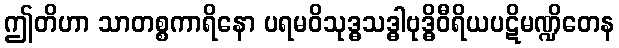
ဤတိဟာ သာတစ္စကာရိနော ပရမဝိသုဒ္ဓသဒ္ဓါဗုဒ္ဓိဝီရိယပဋိမဏ္ဍိတေန